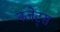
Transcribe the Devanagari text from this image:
नजेट्स